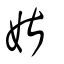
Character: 媅